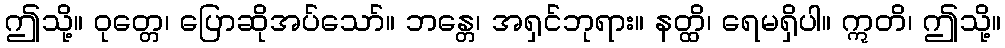
ဤသို့။ ဝုတ္တေ၊ ပြောဆိုအပ်သော်။ ဘန္တေ၊ အရှင်ဘုရား။ နတ္ထိ၊ ရေမရှိပါ။ ဣတိ၊ ဤသို့။